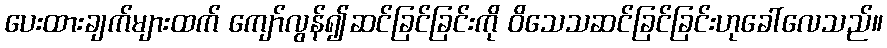
ပေးထားချက်များထက် ကျော်လွန်၍ဆင်ခြင်ခြင်းကို ဝိသေသဆင်ခြင်ခြင်းဟုခေါ်လေသည်။